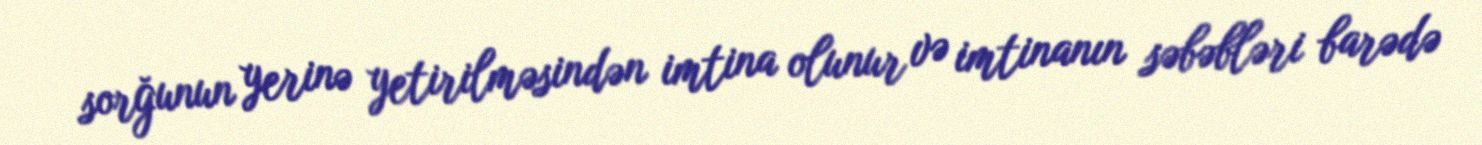
sorğunun yerinə yetirilməsindən imtina olunur və imtinanın səbəbləri barədə